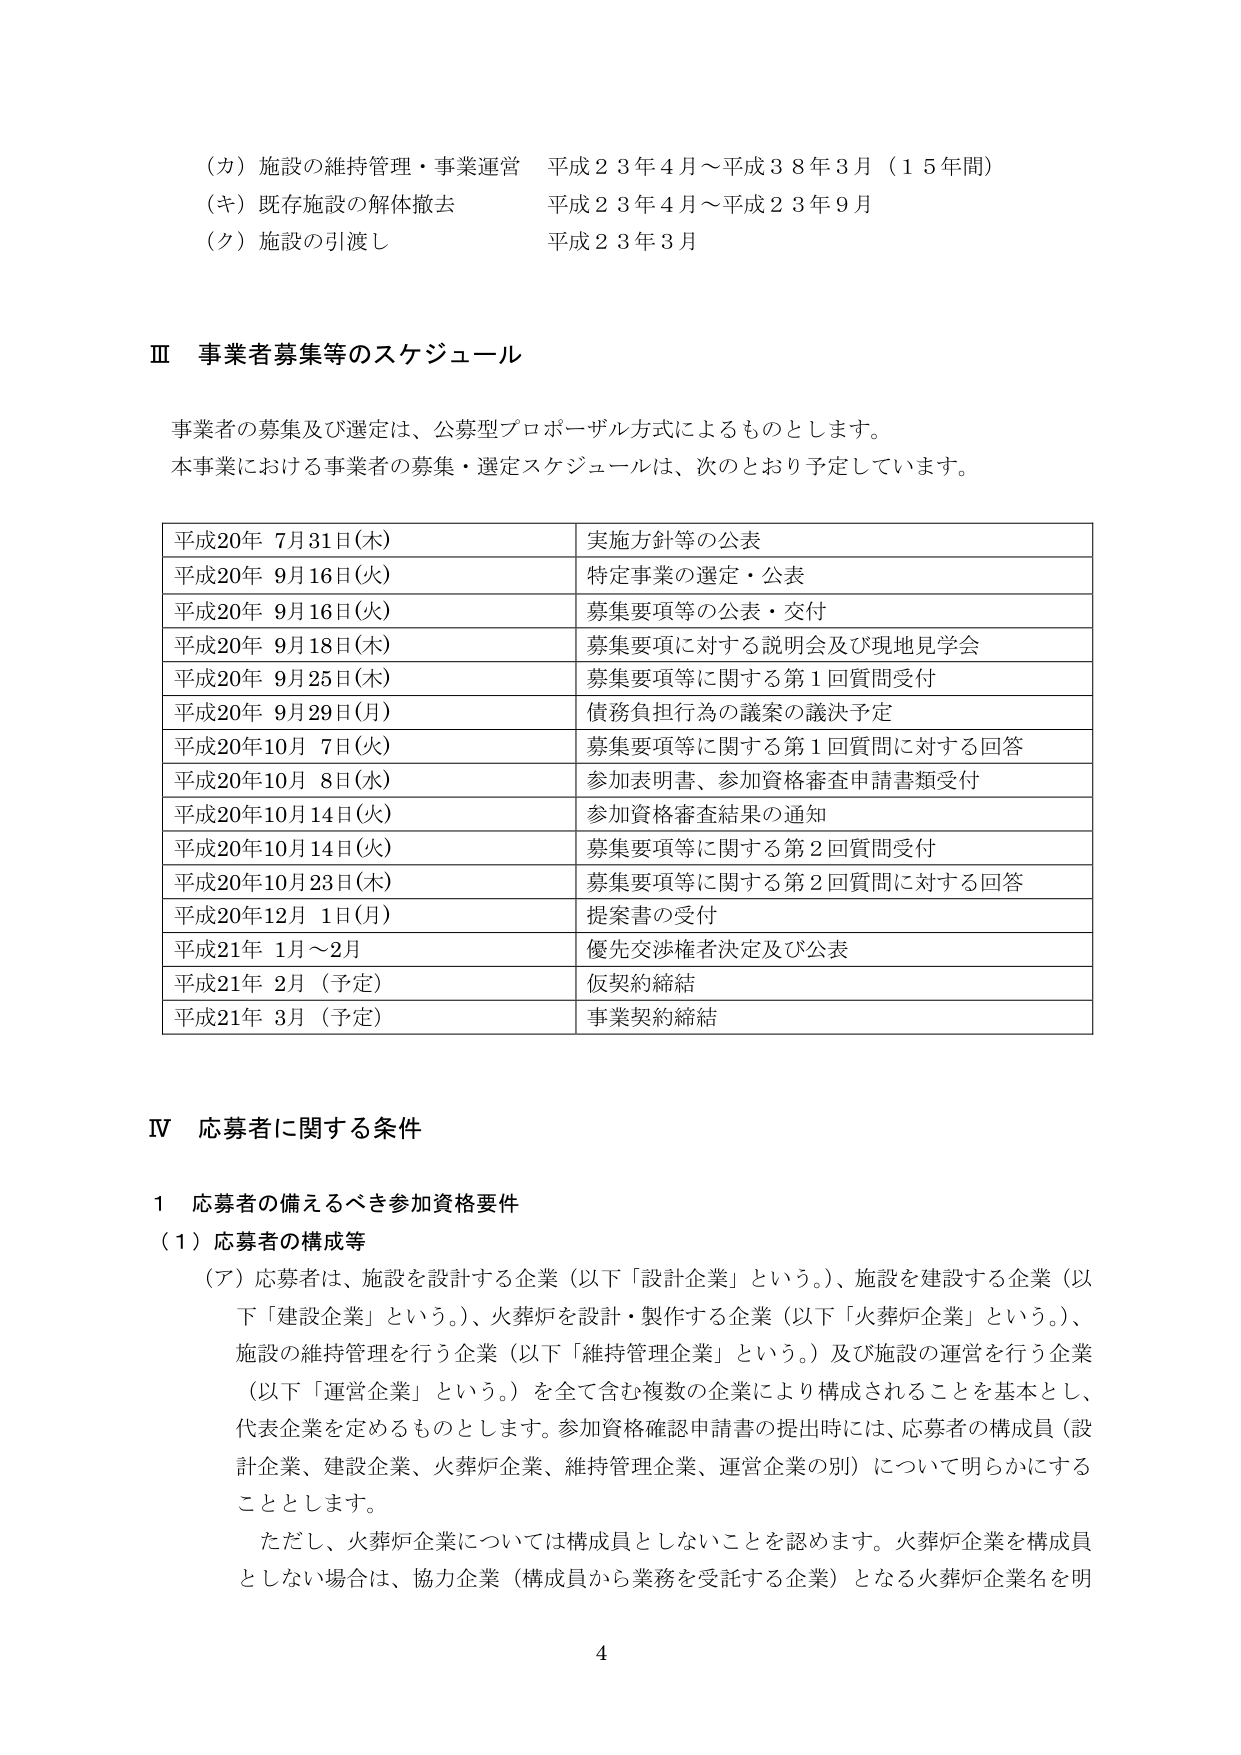
（カ）施設の維持管理・事業運営　平成２３年４月～平成３８年３月（１５年間）
（キ）既存施設の解体撤去　　　平成２３年４月～平成２３年９月
（ク）施設の引渡し　　　　　　平成２３年３月

Ⅲ 事業者募集等のスケジュール

事業者の募集及び選定は、公募型プロポーザル方式によるものとします。
本事業における事業者の募集・選定スケジュールは、次のとおり予定しています。

| 平成20年 7月31日(木) | 実施方針等の公表 |
|----------------------|------------------|
| 平成20年 9月16日(火) | 特定事業の選定・公表 |
| 平成20年 9月16日(火) | 募集要項等の公表・交付 |
| 平成20年 9月18日(木) | 募集要項に対する説明会及び現地見学会 |
| 平成20年 9月25日(木) | 募集要項等に関する第1回質問受付 |
| 平成20年 9月29日(月) | 債務負担行為の議案の議決予定 |
| 平成20年10月 7日(火) | 募集要項等に関する第1回質問に対する回答 |
| 平成20年10月 8日(水) | 参加表明書、参加資格審査申請書類受付 |
| 平成20年10月14日(火) | 参加資格審査結果の通知 |
| 平成20年10月14日(火) | 募集要項等に関する第2回質問受付 |
| 平成20年10月23日(木) | 募集要項等に関する第2回質問に対する回答 |
| 平成20年12月 1日(月) | 提案書の受付 |
| 平成21年 1月～2月 | 優先交渉権者決定及び公表 |
| 平成21年 2月（予定） | 仮契約締結 |
| 平成21年 3月（予定） | 事業契約締結 |

Ⅳ 応募者に関する条件

1 応募者の備えるべき参加資格要件
（1）応募者の構成等
（ア）応募者は、施設を設計する企業（以下「設計企業」という。）、施設を建設する企業（以下「建設企業」という。）、火葬炉を設計・製作する企業（以下「火葬炉企業」という。）、施設の維持管理を行う企業（以下「維持管理企業」という。）及び施設の運営を行う企業（以下「運営企業」という。）を全て含む複数の企業により構成されることを基本とし、代表企業を定めるものとします。参加資格確認申請書の提出時には、応募者の構成員（設計企業、建設企業、火葬炉企業、維持管理企業、運営企業の別）について明らかにすることとします。
ただし、火葬炉企業については構成員としないことを認めます。火葬炉企業を構成員としない場合は、協力企業（構成員から業務を受託する企業）となる火葬炉企業名を明

4